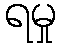
ရမှု